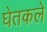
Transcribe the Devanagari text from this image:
घेतकले